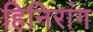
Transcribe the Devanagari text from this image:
हिनिरांग